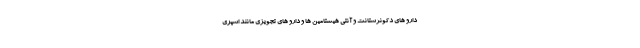
دارو های دکونژستانت و آنتی هیستامین ها و دارو های تجویزی مانند اسپری